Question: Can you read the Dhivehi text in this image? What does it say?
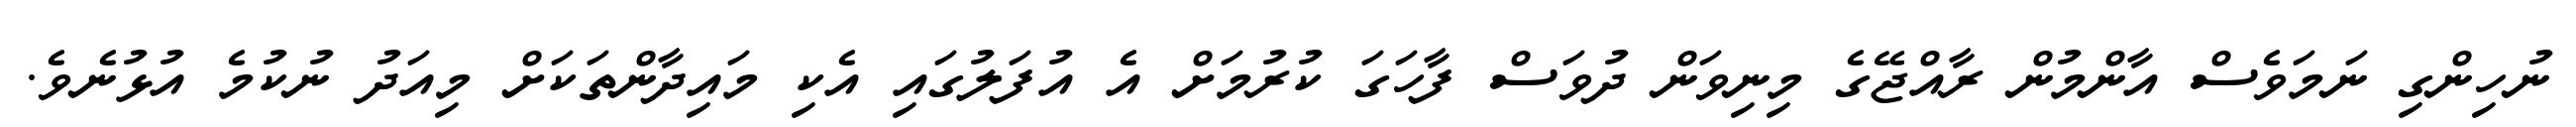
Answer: ނުހިންގި ނަމަވެސް އާންމުން ރާއްޖޭގެ މިނިވަން ދުވަސް ފާހަގަ ކުރުމަށް އެ އުފަލުގައި އެކި މައިދާންތަކަށް މިއަދު ނުކުމެ އުޅުނެވެ.